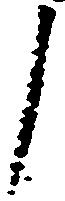
了